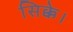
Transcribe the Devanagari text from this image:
सिक्के।